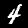
Digit: 4